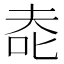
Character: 𰇔